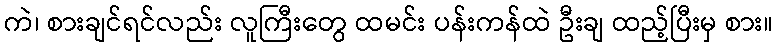
ကဲ၊ စားချင်ရင်လည်း လူကြီးတွေ ထမင်း ပန်းကန်ထဲ ဦးချ ထည့်ပြီးမှ စား။